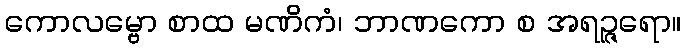
ကောလမ္ဗော စာထ မဏိကံ၊ ဘာဏကော စ အရဉ္ဇရော။